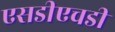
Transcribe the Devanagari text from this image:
एसडीएचडी